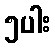
၅ပါး